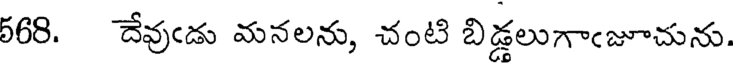
568. దేవుఁడు మనలను, చంటి బిడ్డలుగాఁజూచును.